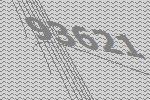
93621